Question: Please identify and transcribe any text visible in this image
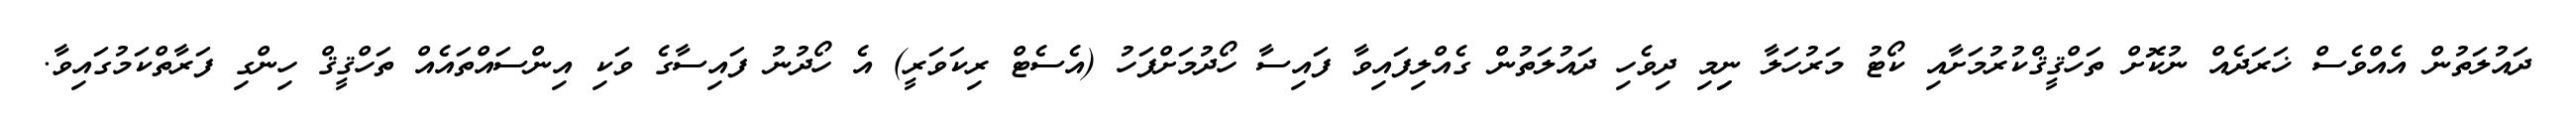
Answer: ދައުލަތުން އެއްވެސް ޚަރަދެއް ނުކޮށް ތަހްޤީޤްކުރުމަށާއި ކޯޓު މަރުހަލާ ނިިމި ދިވެހި ދައުލަތުން ގެއްލިފައިވާ ފައިސާ ހޯދުމަށްފަހު (އެސެޓް ރިކަވަރީ) އެ ހޯދުނު ފައިސާގެ ވަކި އިންސައްތައެއް ތަހްޤީޤް ހިންގި ފަރާތްކަމުގައިވާ.